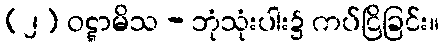
(၂) ဝဋ္ဋာမိသ - ဘုံသုံးပါး၌ ကပ်ငြိခြင်း။